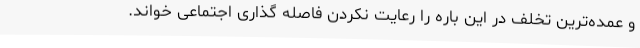
و عمده‌ترین تخلف در این باره را رعایت نکردن فاصله گذاری اجتماعی خواند.